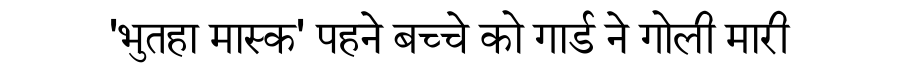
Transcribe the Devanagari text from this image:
'भुतहा मास्क' पहने बच्चे को गार्ड ने गोली मारी